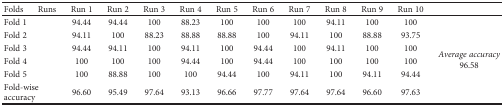
<table><thead><tr><td><b>Folds</b></td><td><b>Runs</b></td><td><b>Run 1</b></td><td><b>Run 2</b></td><td><b>Run 3</b></td><td><b>Run 4</b></td><td><b>Run 5</b></td><td><b>Run 6</b></td><td><b>Run 7</b></td><td><b>Run 8</b></td><td><b>Run 9</b></td><td><b>Run 10</b></td><td></td></tr></thead><tbody><tr><td colspan="2">Fold 1</td><td>94.44</td><td>94.44</td><td>100</td><td>88.23</td><td>100</td><td>100</td><td>100</td><td>94.11</td><td>100</td><td>100</td><td rowspan="6"><i>Average accuracy</i>96.58</td></tr><tr><td colspan="2">Fold 2</td><td>94.11</td><td>100</td><td>88.23</td><td>88.88</td><td>88.88</td><td>100</td><td>94.11</td><td>100</td><td>88.88</td><td>93.75</td></tr><tr><td colspan="2">Fold 3</td><td>94.44</td><td>94.11</td><td>100</td><td>94.11</td><td>100</td><td>94.44</td><td>100</td><td>94.11</td><td>100</td><td>100</td></tr><tr><td colspan="2">Fold 4</td><td>100</td><td>100</td><td>100</td><td>94.44</td><td>100</td><td>94.44</td><td>100</td><td>100</td><td>100</td><td>100</td></tr><tr><td colspan="2">Fold 5</td><td>100</td><td>88.88</td><td>100</td><td>100</td><td>94.44</td><td>100</td><td>94.11</td><td>100</td><td>94.11</td><td>94.44</td></tr><tr><td colspan="2">Fold-wise accuracy</td><td>96.60</td><td>95.49</td><td>97.64</td><td>93.13</td><td>96.66</td><td>97.77</td><td>97.64</td><td>97.64</td><td>96.60</td><td>97.63</td></tr></tbody></table>